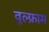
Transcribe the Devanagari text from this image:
वुल्फ्राम